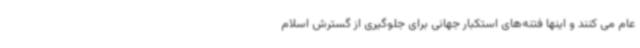
عام می کنند و اینها فتنه‌های استکبار جهانی برای جلوگیری از گسترش اسلام